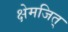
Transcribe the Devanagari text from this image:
क्षेमजित्